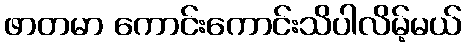
ဖာတမာ ကောင်းကောင်းသိပါလိမ့်မယ်